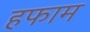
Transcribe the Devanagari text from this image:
हफाम